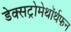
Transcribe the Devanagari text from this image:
डेक्सट्रोमेथॉर्थफन